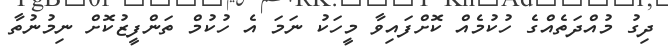
ދިގު މުއްދަތެއްގެ ހުކުމެއް ކޮށްފައިވާ މީހަކު ނަމަ އެ ހުކުމް ތަންފީޒުކޮށް ނިމުނުތާ